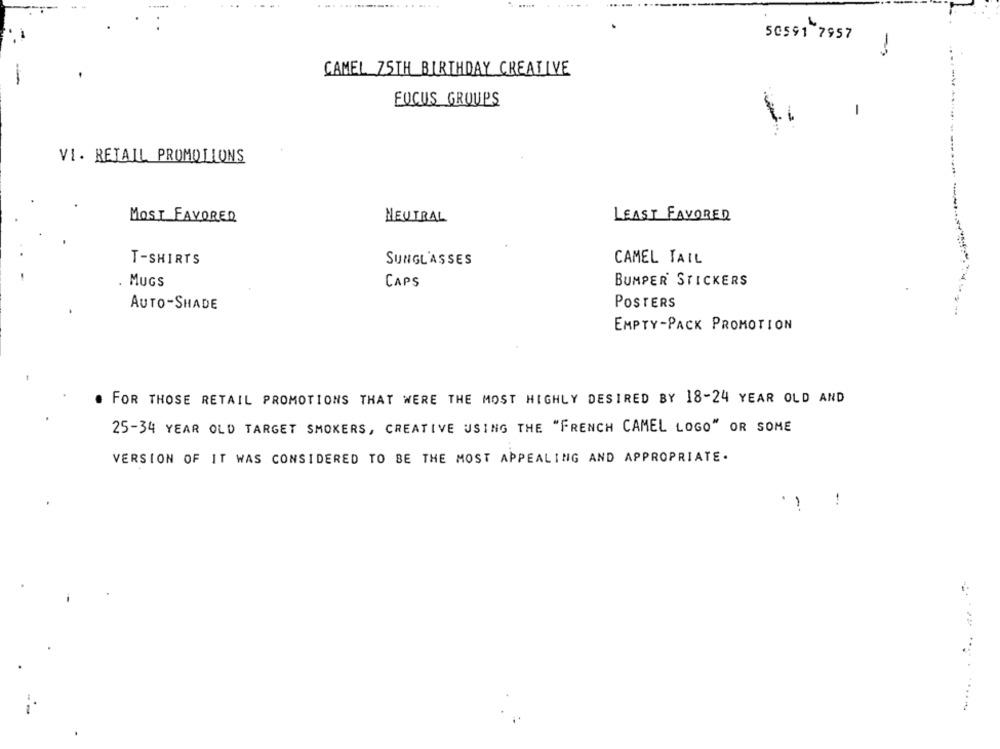
50591 7957
CAMEL 75TH BIRTHDAY CREATIVE
FOCUS GROUPS
1
VI. RETAIL PROMOTIONS
MOST FAVORED
LEAST FAVORED
NEUTRAL
T-SHIRTS
SUNGLASSES
CAMEL TAIL
. MUGS
CAPS
BUMPER STICKERS
AUTO-SHADE
POSTERS
EMPTY-PACK PROMOTION
FOR THOSE RETAIL PROMOTIONS THAT WERE THE MOST HIGHLY DESIRED BY 18-24 YEAR OLD AND
25-34 YEAR OLD TARGET SMOKERS, CREATIVE USING THE "FRENCH CAMEL LOGO" OR SOME
VERSION OF IT WAS CONSIDERED TO BE THE MOST APPEALING AND APPROPRIATE.